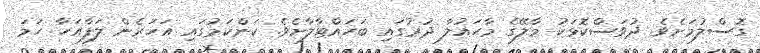
ގޮސްލުމަށެވެ. ދުވަސްކޮޅަކު މާލޭގެ މާހައުލާ ދުރުގައި ބަހައްޓާލާށެވެ. ކަންކަމުގައި އަހަރެން ލަފާއަހާ ހަމަ